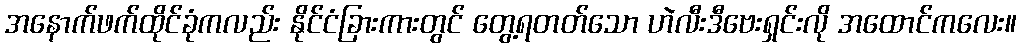
အနောက်ဖက်ထိုင်ခုံကလည်း နိုင်ငံခြားကားတွင် တွေ့ရတတ်သော ဟဲလီးဒီဗေးရှင်းလို အထောင်ကလေး။